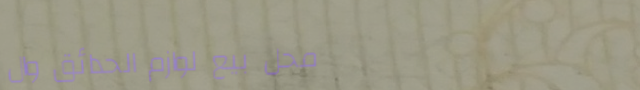
محل بيع لوازم الحدائق وال